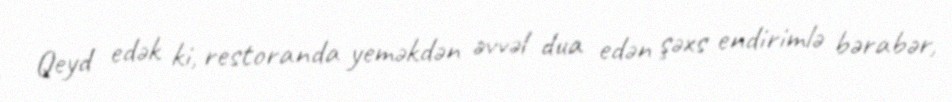
Qeyd edək ki, restoranda yeməkdən əvvəl dua edən şəxs endirimlə bərabər,